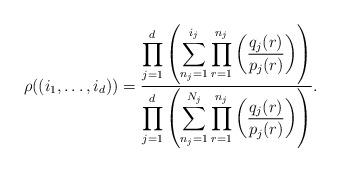
LaTeX: \begin{align*}\rho((i_1,\ldots,i_d))={\displaystyle \prod_{j=1}^d \left( \sum_{n_j=1}^{i_j} \prod_{r=1}^{n_j} \left({q_j(r)\over p_j(r)}\right) \right)\over\displaystyle \prod_{j=1}^d \left( \sum_{n_j=1}^{N_j} \prod_{r=1}^{n_j} \left({q_j(r)\over p_j(r)}\right)\right) }.\end{align*}